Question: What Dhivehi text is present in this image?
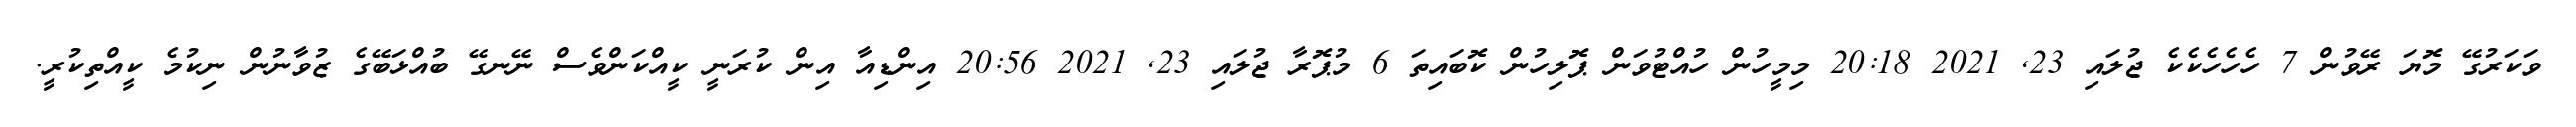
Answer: ވަކަރުގޭ މޮޔަ ރޭވުން 7 ހެހެހެކެކެ ޖުލައި 23, 2021 20:18 މިމީހުން ހުއްޓުވަން ޕޮލިހުން ކޮބައިތަ 6 މުޕޮރާ ޖުލައި 23, 2021 20:56 އިންޑިއާ އިން ކުރަނީ ކީއްކަންވެސް ނޭނގޭ ބުއްޅަބޭގެ ޒުވާނުން ނިކުމެ ކީއްތިކުރީ.